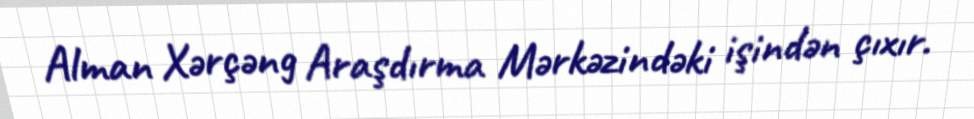
Alman Xərçəng Araşdırma Mərkəzindəki işindən çıxır.